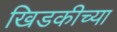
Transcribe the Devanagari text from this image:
खिडकीच्या